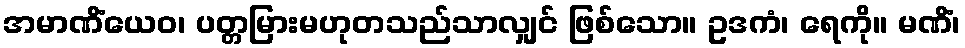
အမာဏိံယေဝ၊ ပတ္တမြားမဟုတသည်သာလျှင် ဖြစ်သော။ ဥဒကံ၊ ရေကို။ မဏိံ၊